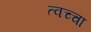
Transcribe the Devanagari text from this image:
त्वच्चा